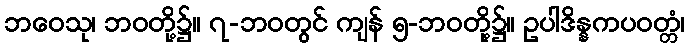
ဘဝေသု၊ ဘဝတို့၌။ ၇-ဘဝတွင် ကျန် ၅-ဘဝတို့၌။ ဥပါဒိန္နကပဝတ္တံ၊